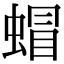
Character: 蝐